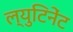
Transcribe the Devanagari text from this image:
ल्युटिनेंट